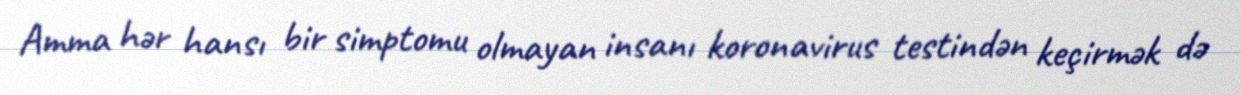
Amma hər hansı bir simptomu olmayan insanı koronavirus testindən keçirmək də